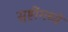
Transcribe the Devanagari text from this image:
सृष्टींमध्ये